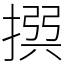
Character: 𢰅